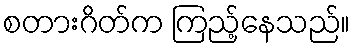
စတားဂိတ်က ကြည့်နေသည်။